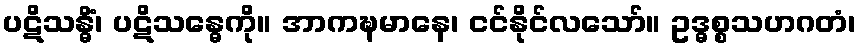
ပဋိသန္ဓိံ၊ ပဋိသန္ဓေကို။ အာကဍ္ဎမာနေ၊ ငင်နိုင်လသော်။ ဥဒ္ဓစ္စသဟဂတံ၊